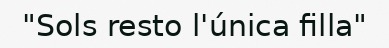
"Sols resto l'única filla"